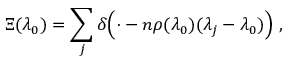
\Xi ( \lambda _ { 0 } ) = \sum _ { j } \delta { \Big ( } { \cdot } - n \rho ( \lambda _ { 0 } ) ( \lambda _ { j } - \lambda _ { 0 } ) { \Big ) } ~ ,